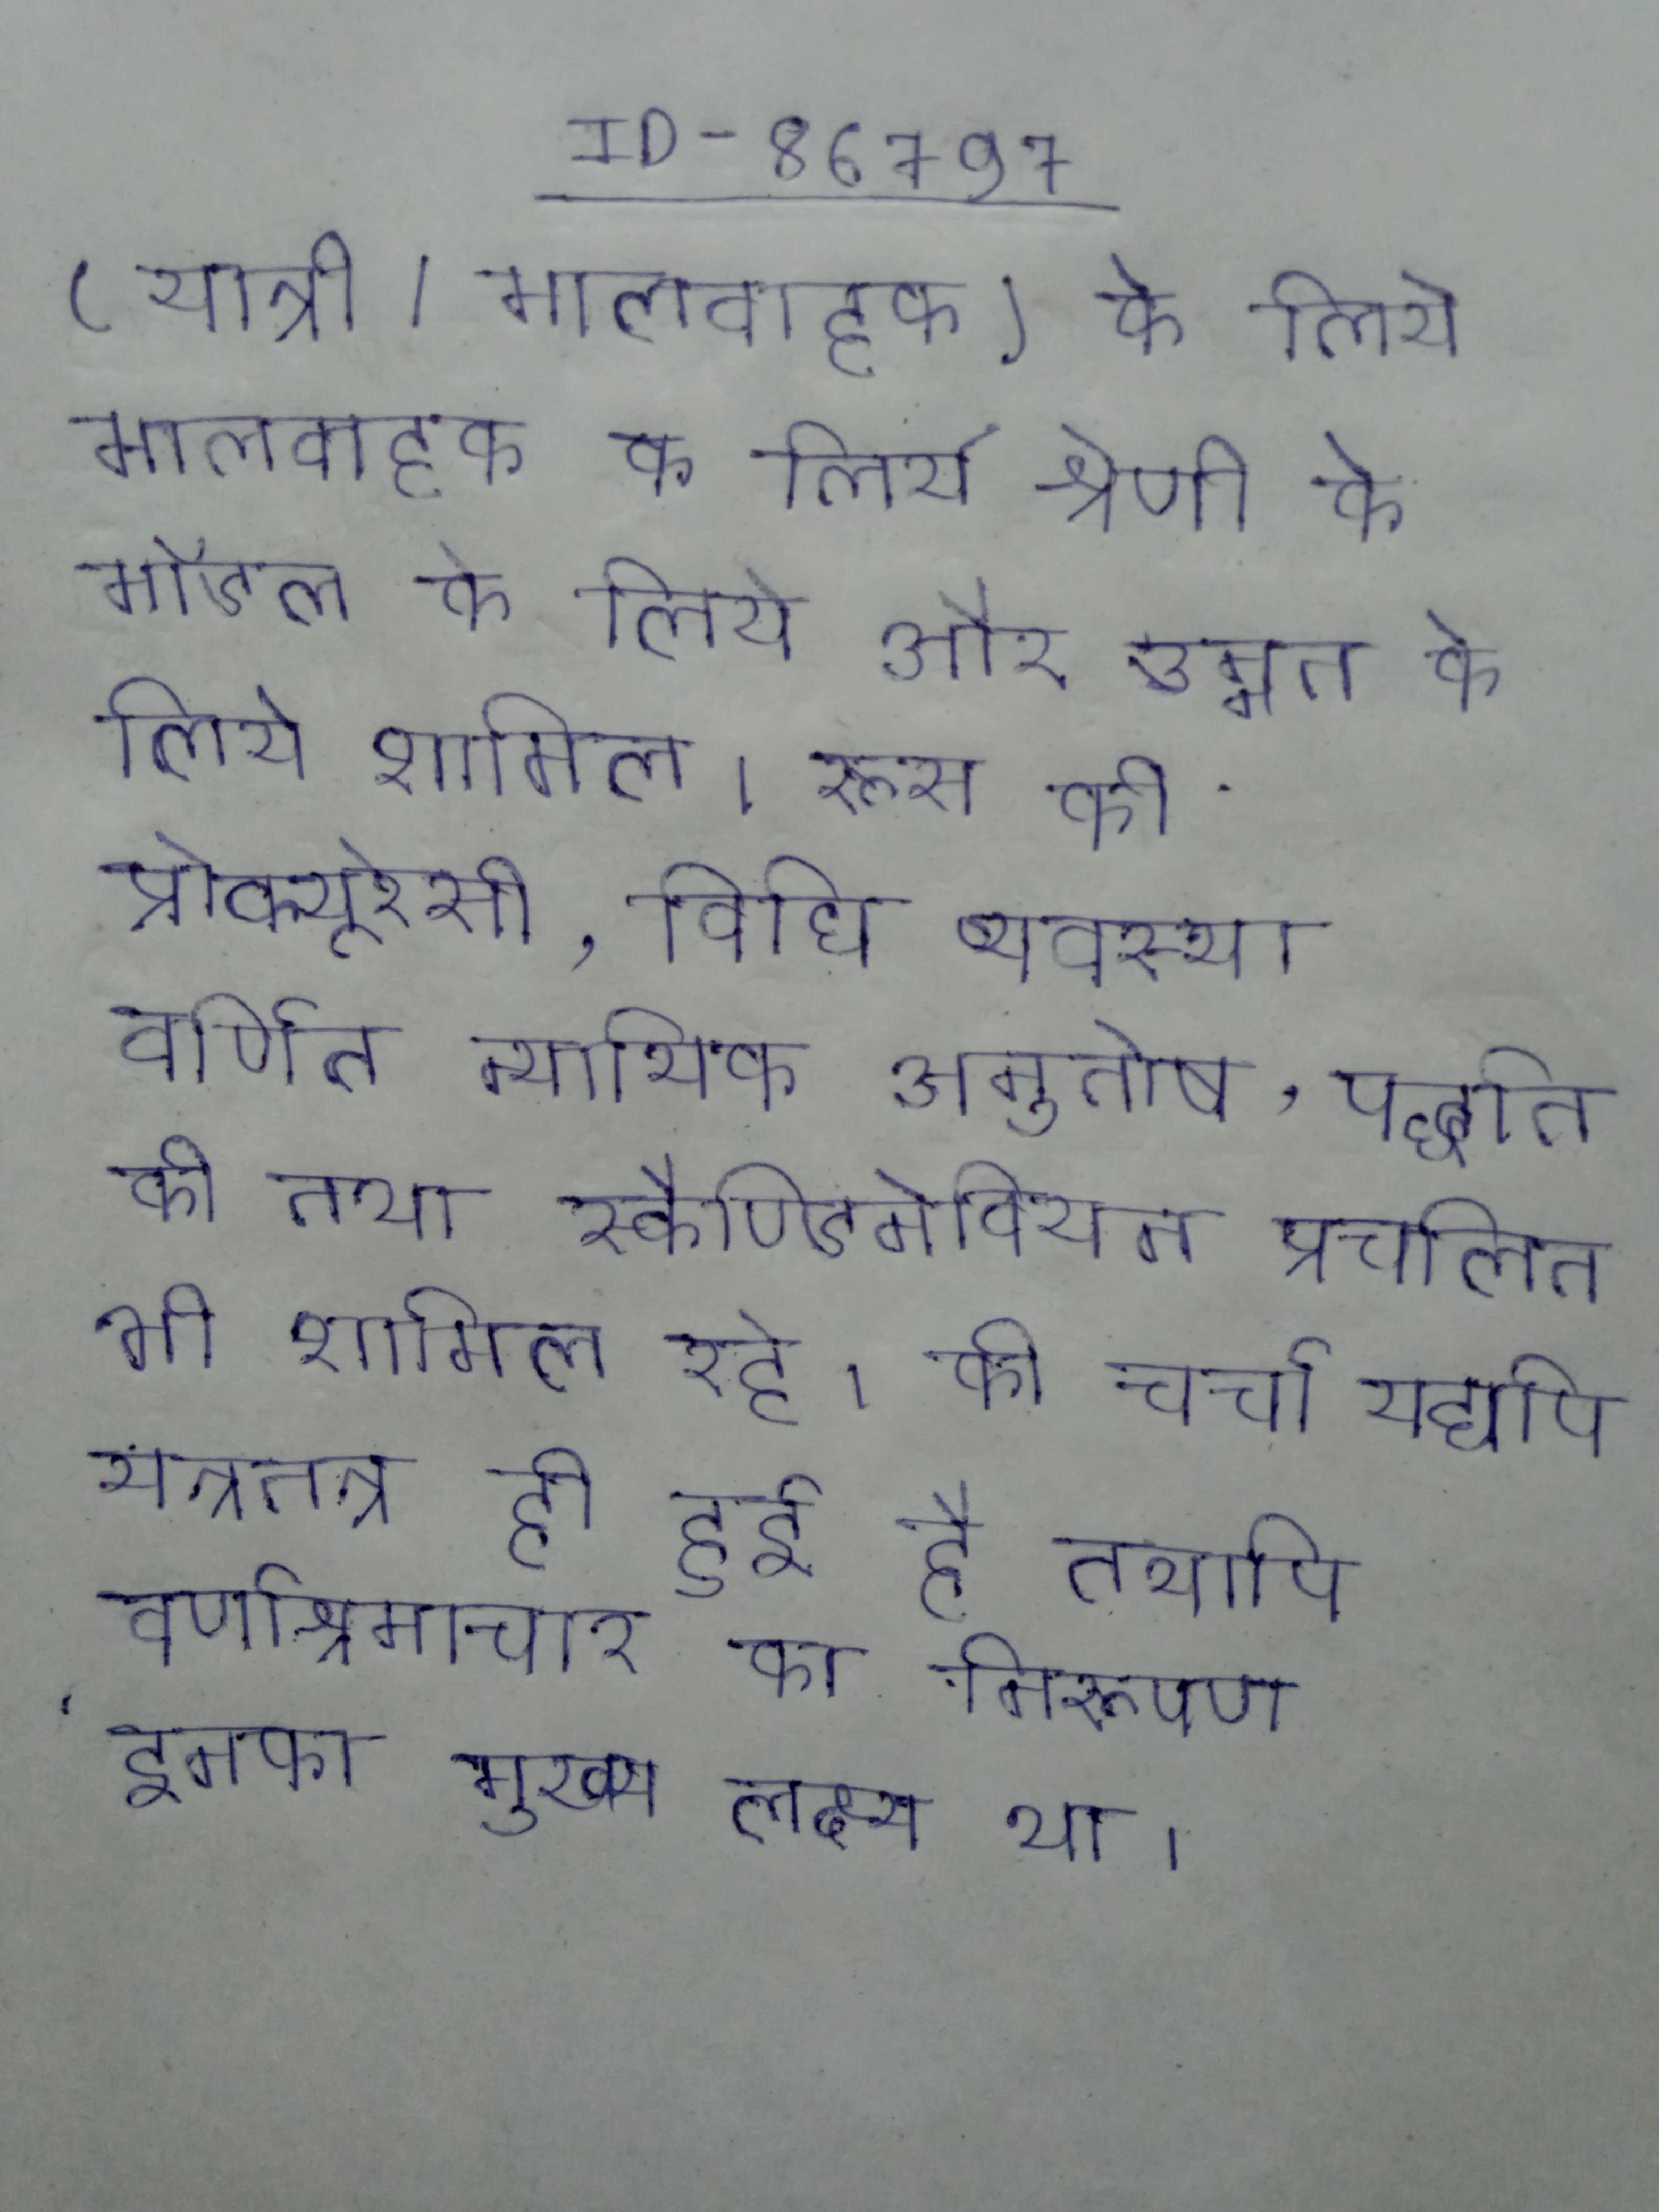
(यात्री/मालवाहक) के लिये मालवाहक के लिये श्रेणी के मॉडल के लिये और उन्नत के लिये शामिल । रूस की प्रोक्यूरेसी, विधि व्यवस्था वर्णित न्यायिक अनुतोष, पद्धति की तथा स्कैण्डिनेवियन प्रचलित भी शामिल रहे । की चर्चा यद्यपि यत्रतत्र ही हुई है तथापि वर्णाश्रमाचार का निरूपण इनका मुख्य लक्ष्य था ।